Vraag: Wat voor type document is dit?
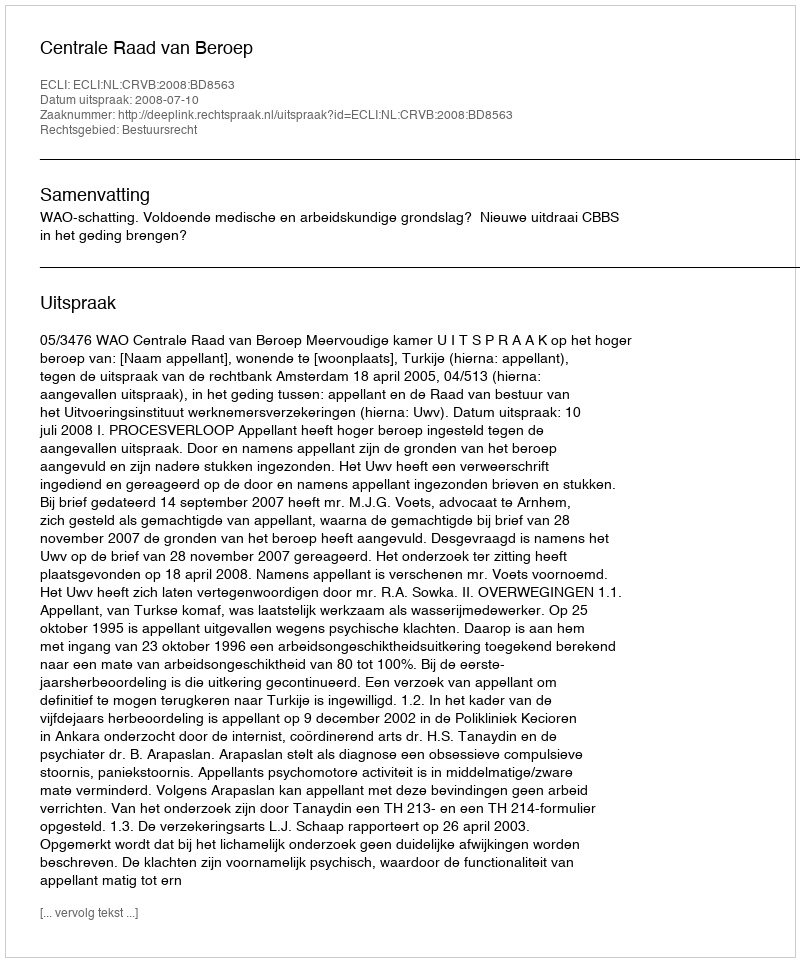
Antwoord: Uitspraak